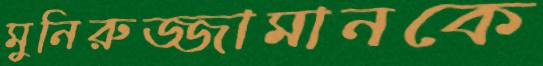
মুনিরুজ্জামানকে